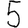
Digit: 5